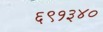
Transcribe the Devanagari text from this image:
६९१३४०